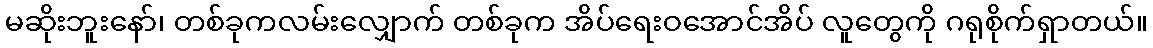
မဆိုးဘူးနော်၊ တစ်ခုကလမ်းလျှောက် တစ်ခုက အိပ်ရေးဝအောင်အိပ် လူတွေကို ဂရုစိုက်ရှာတယ်။